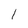
Character: 1